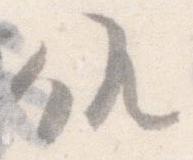
候